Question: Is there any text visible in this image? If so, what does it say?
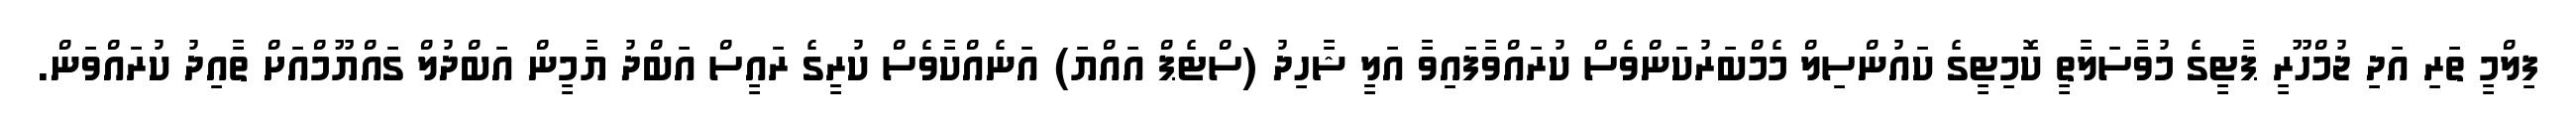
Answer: ފިލްމީ ތަރި އަދި ޖުމްހޫރީ ޕާޓީގެ މުވާސަލާތީ ކޮމިޓީގެ ކައުންސިލް މެމްބަރުކަންވެސް ކުރައްވާފައިވާ އަލީ ޝާހިދު (ސްޓެޕް އައްޔަ) އަނެއްކާވެސް ކުރީގެ ރައީސް އަބްދު ޔާމީން އަބްދުލް ގައްޔޫމްއަށް ތާއިދު ކުރައްވަން.